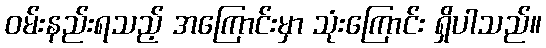
ဝမ်းနည်းရသည့် အကြောင်းမှာ သုံးကြောင်း ရှိပါသည်။